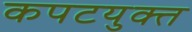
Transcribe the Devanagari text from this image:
कपटयुक्त